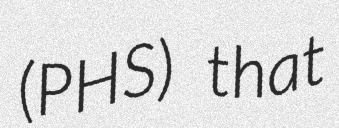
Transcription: (PHS) that